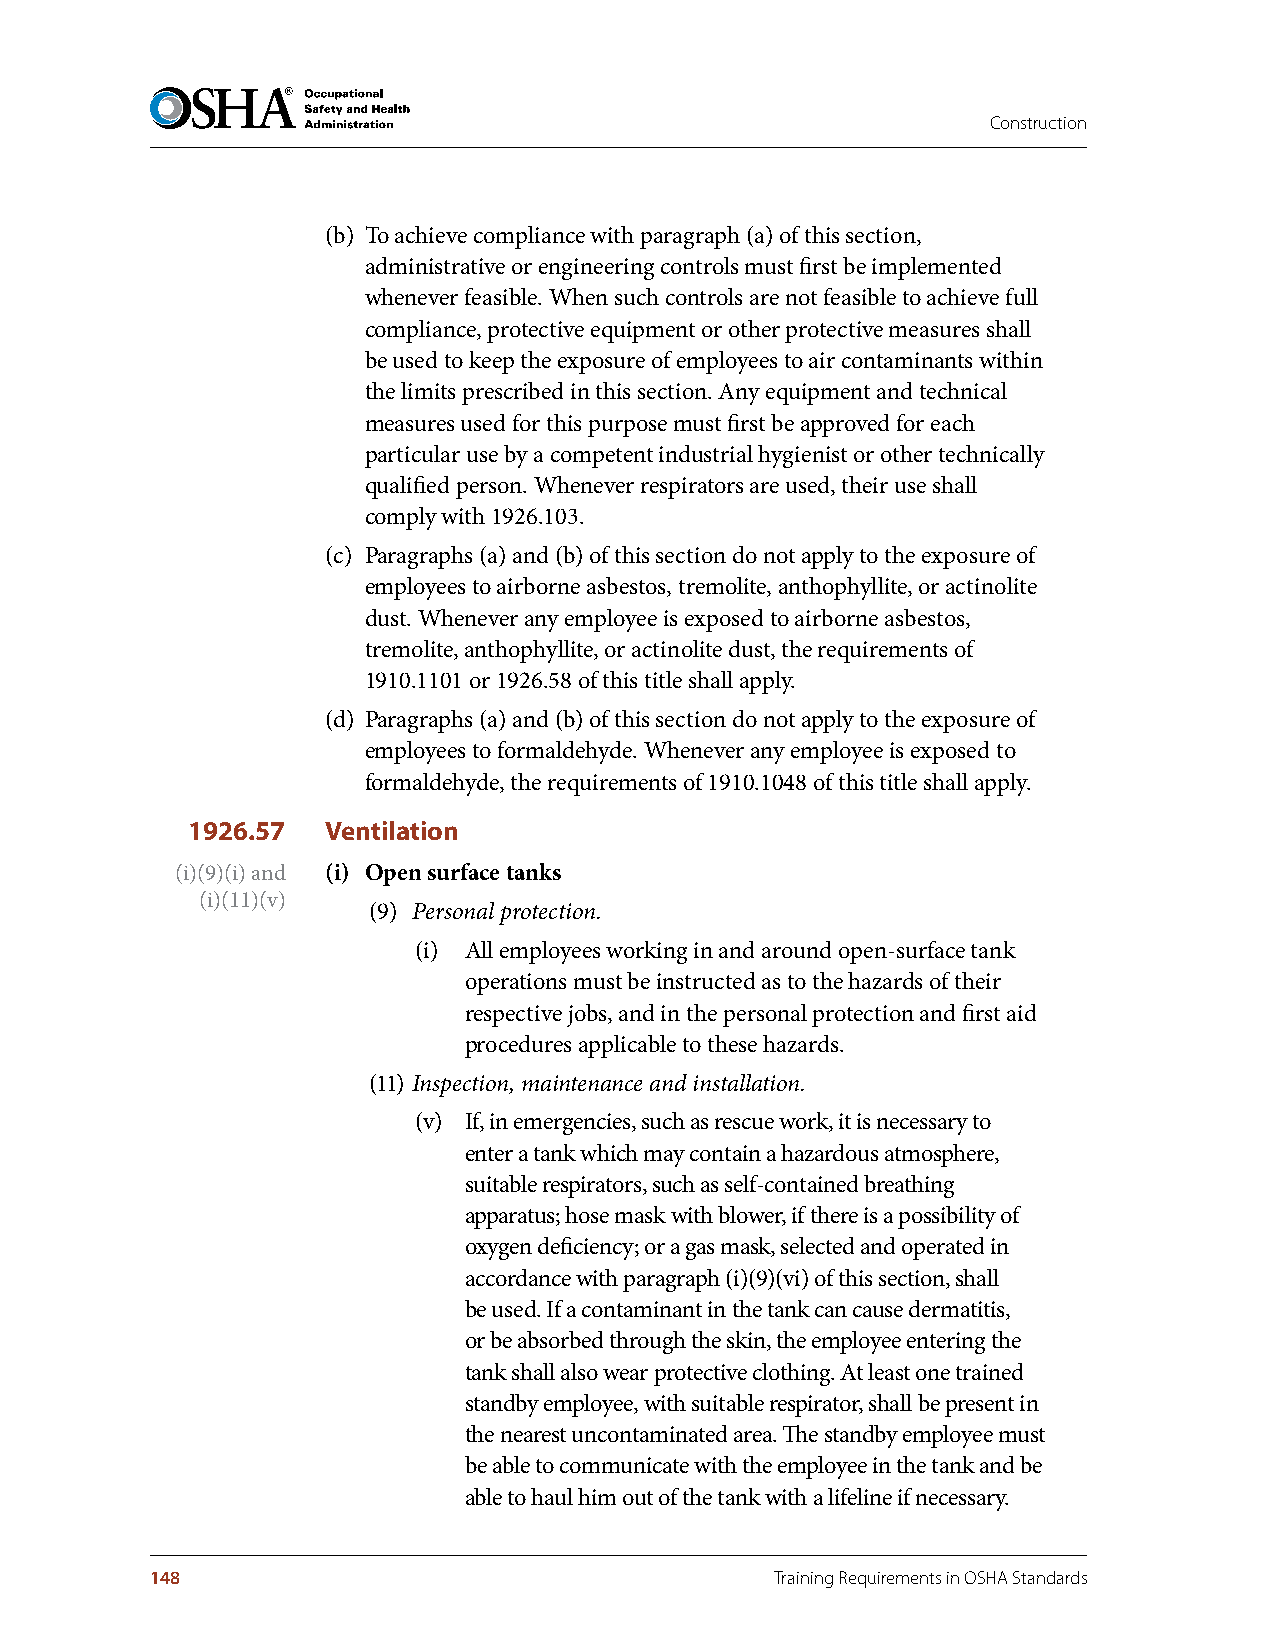
Construction
 (b) To achieve compliance with paragraph (a) of this section,
 administrative or engineering controls must first be implemented
 whenever feasible. When such controls are not feasible to achieve full
 compliance, protective equipment or other protective measures shall
 be used to keep the exposure of employees to air contaminants within
 the limits prescribed in this section. Any equipment and technical
 measures used for this purpose must first be approved for each
 particular use by a competent industrial hygienist or other technically
 qualified person. Whenever respirators are used, their use shall
 comply with 1926.103.
 (c) Paragraphs (a) and (b) of this section do not apply to the exposure of
 employees to airborne asbestos, tremolite, anthophyllite, or actinolite
 dust. Whenever any employee is exposed to airborne asbestos,
 tremolite, anthophyllite, or actinolite dust, the requirements of
 1910.1101 or 1926.58 of this title shall apply.
 (d) Paragraphs (a) and (b) of this section do not apply to the exposure of
 employees to formaldehyde. Whenever any employee is exposed to
 formaldehyde, the requirements of 1910.1048 of this title shall apply.
 1926.57   Ventilation
 (i)(9)(i) and (i) Open surface tanks
 (i)(11)(v)
 (9) Personal protection.
 (i) All employees working in and around open-surface tank
 operations must be instructed as to the hazards of their
 respective jobs, and in the personal protection and first aid
 procedures applicable to these hazards.
 (11) Inspection, maintenance and installation.
 (v) If, in emergencies, such as rescue work, it is necessary to
 enter a tank which may contain a hazardous atmosphere,
 suitable respirators, such as self-contained breathing
 apparatus; hose mask with blower, if there is a possibility of
 oxygen deficiency; or a gas mask, selected and operated in
 accordance with paragraph (i)(9)(vi) of this section, shall
 be used. If a contaminant in the tank can cause dermatitis,
 or be absorbed through the skin, the employee entering the
 tank shall also wear protective clothing. At least one trained
 standby employee, with suitable respirator, shall be present in
 the nearest uncontaminated area. The standby employee must
 be able to communicate with the employee in the tank and be
 able to haul him out of the tank with a lifeline if necessary.
 148                                      Training Requirements in OSHA Standards